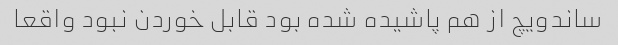
ساندویچ از هم پاشیده شده بود قابل خوردن نبود واقعا